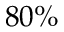
8 0 \%